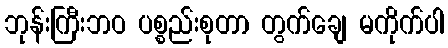
ဘုန်းကြီးဘဝ ပစ္စည်းစုတာ တွက်ချေ မကိုက်ပါ